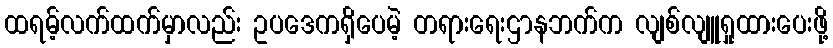
ထရမ့်လက်ထက်မှာလည်း ဥပဒေကရှိပေမဲ့ တရားရေးဌာနဘက်က လျစ်လျူရှုထားပေးဖို့